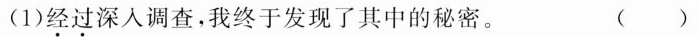
(1)经过深入调查，我终于发现了其中的秘密。( )